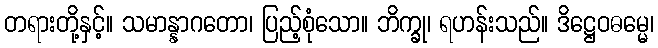
တရားတို့နှင့်။ သမာန္နာဂတော၊ ပြည့်စုံသော။ ဘိက္ခု၊ ရဟန်းသည်။ ဒိဋ္ဌေဝဓမ္မေ၊